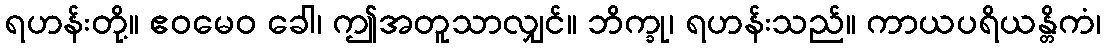
ရဟန်းတို့။ ဧဝမေဝ ခေါ၊ ဤအတူသာလျှင်။ ဘိက္ခု၊ ရဟန်းသည်။ ကာယပရိယန္တိကံ၊